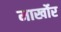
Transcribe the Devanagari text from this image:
मार्खोर